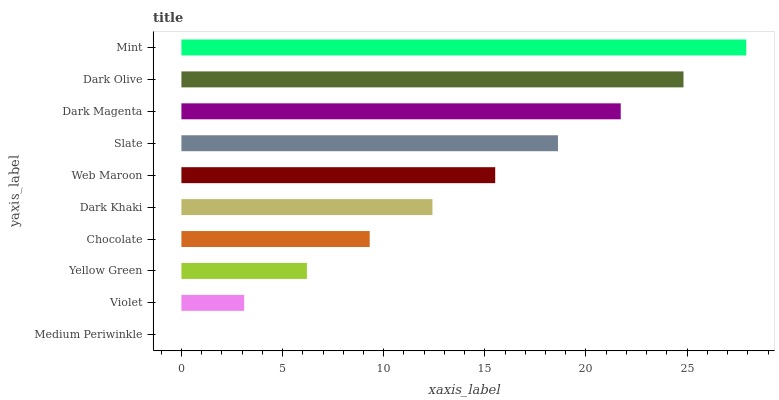
| yaxis_label | bars |
 | --- | --- |
 | Medium Periwinkle | 0 |
 | Violet | 3.1 |
 | Yellow Green | 6.21 |
 | Chocolate | 9.31 |
 | Dark Khaki | 12.4 |
 | Web Maroon | 15.5 |
 | Slate | 18.6 |
 | Dark Magenta | 21.7 |
 | Dark Olive | 24.8 |
 | Mint | 27.9 |